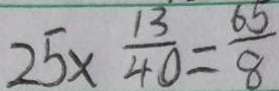
2 5 \times \frac { 1 3 } { 4 0 } = \frac { 6 5 } { 8 }